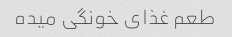
طعم غذای خونگی میده